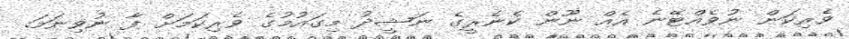
ވެރިކަން ނުވެއްޓޭނެ އެއް ނޫން ކެނެރީގެ ނަޝީދު މިގައުމުގެ ވެރިކަމަށް ފާ ނުވިނަމަ.